Document type: Emphyteutic lease
Year: 1316
Scribe: Guillem de Vila
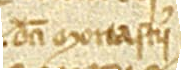
dicti monasterii